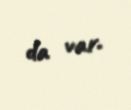
da var.